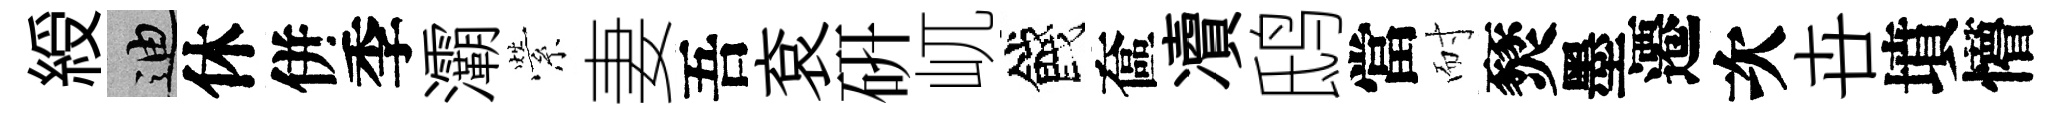
綬迪休併季灞縈妻吾袞硏屼餞奩凟鸱當耐燹墨遷次卋墳懵